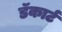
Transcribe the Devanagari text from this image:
डॅकार्ट